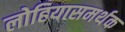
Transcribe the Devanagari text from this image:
लोहियासमर्थक